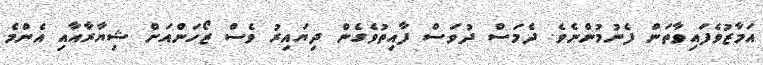
އަމާޒުވެފައިވާތަން ފެނުމުންނެވެ. ދެމަސް ދުވަސް ފާއިތުވެގެން ދިޔައިރު ވެސް ޒޯހަންއަށް ޝިޔާރާއާއި އެންމެ